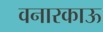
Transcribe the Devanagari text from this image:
वनारकाऊ